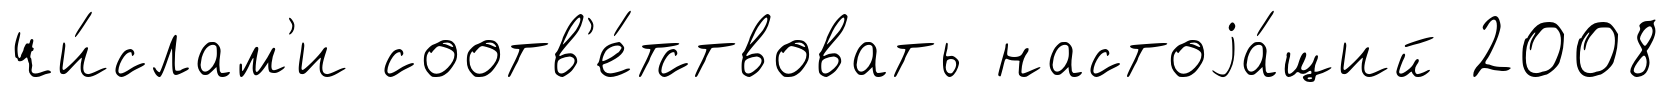
чи́слам'и соотв'е́тствовать настоjа́щий 2008